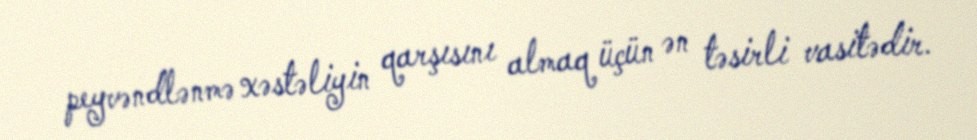
peyvəndlənmə xəstəliyin qarşısını almaq üçün ən təsirli vasitədir.